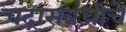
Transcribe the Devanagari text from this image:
चंद्रासंबंधीचे